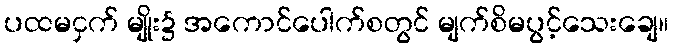
ပထမငှက် မျိုး၌ အကောင်ပေါက်စတွင် မျက်စိမပွင့်သေးချေ။